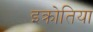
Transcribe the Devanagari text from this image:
इक्रोतिया